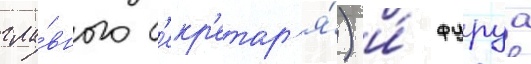
гла́вного с'екр'етар'я́) и́ фуруа